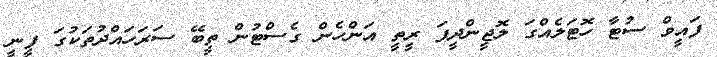
ފައީވް ސުޓާ ހޮޓަލެއްގަ ލޮޖީންދީފަ ރީތީ އަންހެން ގެސްޓުން ތީބޭ ސަރަހައްދުތަކުގަ ފީނީ